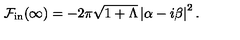
{ \cal F } _ { \mathrm { i n } } ( \infty ) = - 2 \pi \sqrt { 1 + \Lambda } \left\vert \alpha - i \beta \right\vert ^ { 2 } .